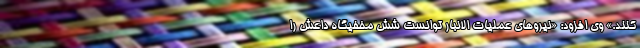
کنند.» وی افزود: «نیروهای عملیات الانبار توانست شش مخفیگاه داعش را